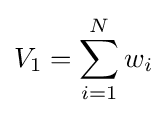
V_{1}=\sum _{i=1}^{N}w_{i}